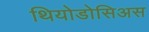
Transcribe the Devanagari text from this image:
थियोडोसिअस